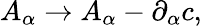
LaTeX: A_{\alpha}\rightarrow A_{\alpha}-\partial_{\alpha}c,